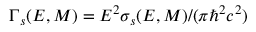
\Gamma _ { s } ( E , M ) = E ^ { 2 } \sigma _ { s } ( E , M ) / ( \pi \hbar ^ { 2 } c ^ { 2 } )